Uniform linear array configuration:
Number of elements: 12
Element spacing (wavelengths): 0.25
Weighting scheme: binomial
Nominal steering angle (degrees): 60
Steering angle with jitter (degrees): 60.776
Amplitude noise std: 0.05
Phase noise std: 0.05

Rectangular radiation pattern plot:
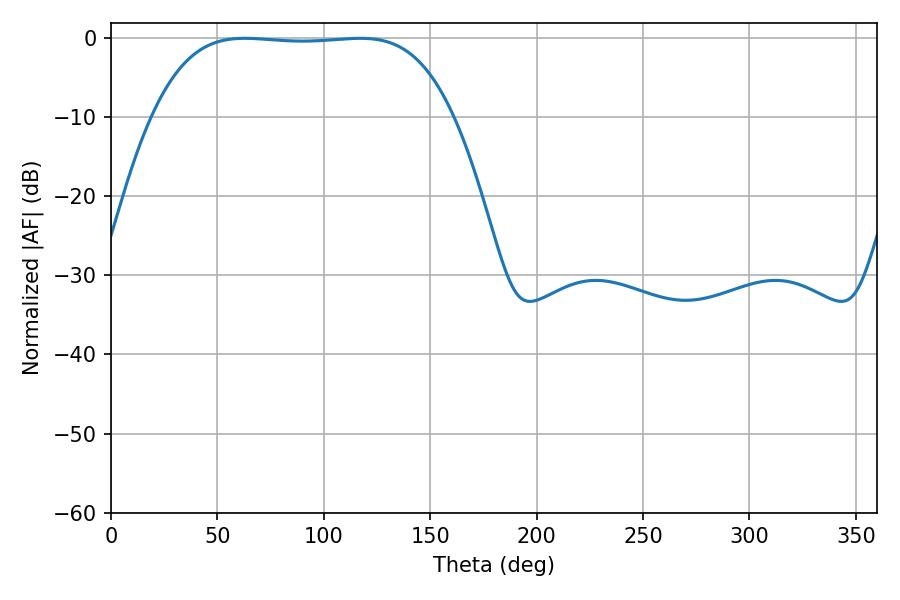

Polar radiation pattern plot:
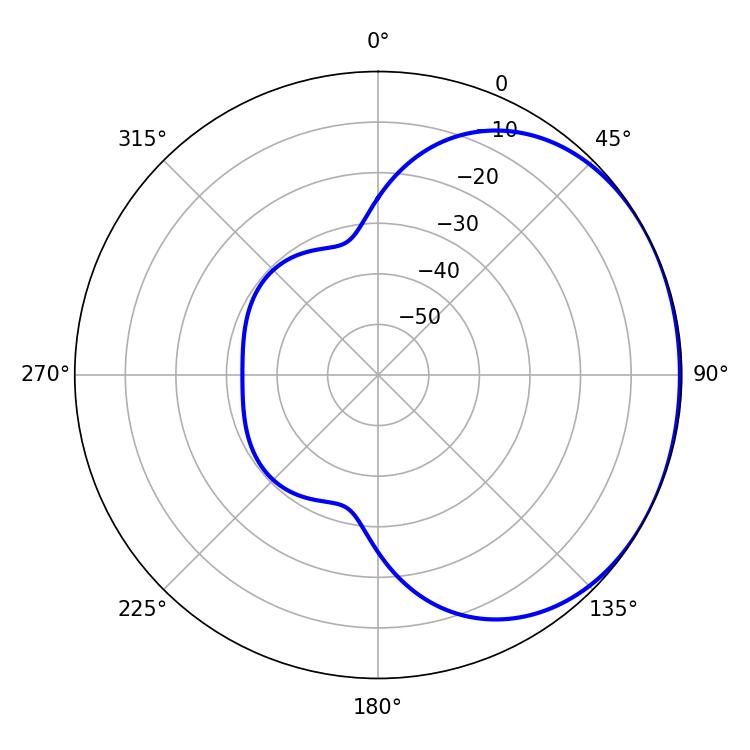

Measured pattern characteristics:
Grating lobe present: FALSE
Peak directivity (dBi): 1.05
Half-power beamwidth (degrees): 109.8
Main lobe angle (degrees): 62.82